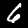
Digit: 6